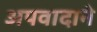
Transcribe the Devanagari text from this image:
अपवादाने